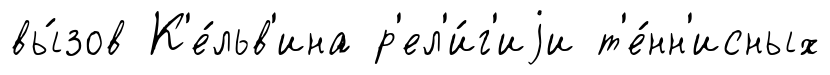
вы́зов К'е́льв'ина р'ел'и́г'иjи т'е́нн'исных